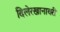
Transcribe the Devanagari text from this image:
दिलेरखानावरी